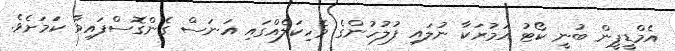
އެމްޑީޕީން ބުނީ ކޯޓު އަމުރަކާ ނުލައި ފުލުހުންގެ ވެހިކަލެއްގައި އަނަސް ގެންގޮސްފައިވާ ކަމަށެވެ.